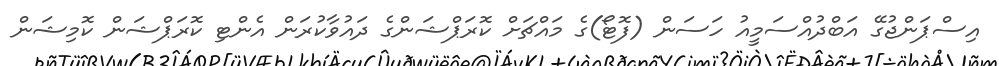
އިސްޕަންޖުގޭ އަބްދުއްސަމީއު ހަސަން (ފޮޓޯ)ގެ މައްޗަށް ކޮރަޕްޝަންގެ ދައުވާކުރަން އެންޓި ކޮރަޕްޝަން ކޮމިޝަން